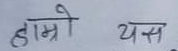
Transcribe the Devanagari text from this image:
हाम्रो यस